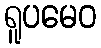
ရူပမေဝ